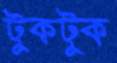
টুকটুক